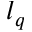
l _ { q }